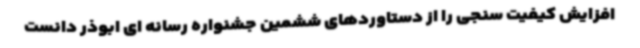
افزایش کیفیت سنجی را از دستاوردهای ششمین جشنواره رسانه ای ابوذر دانست